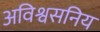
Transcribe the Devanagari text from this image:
अविश्वसनिय